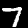
Label: 7